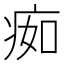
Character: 㾒